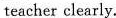
teacher clearly.